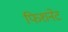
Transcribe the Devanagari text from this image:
फिशनेट